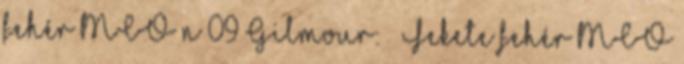
fehér MCO n 09 Gilmour: ♂ Fekete fehér MCO